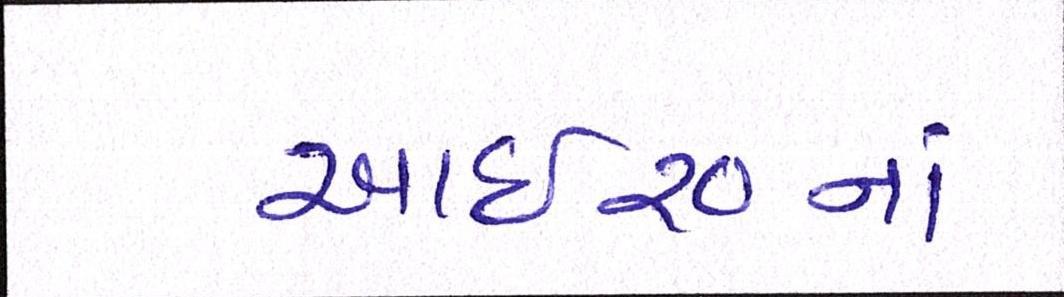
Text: આઇ૨૦નાં